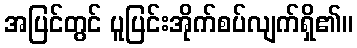
အပြင်တွင် ပူပြင်းအိုက်စပ်လျက်ရှိ၏။